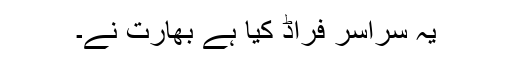
یہ سراسر فراڈ کیا ہے بھارت نے۔